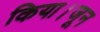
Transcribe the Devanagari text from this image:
किया।जून